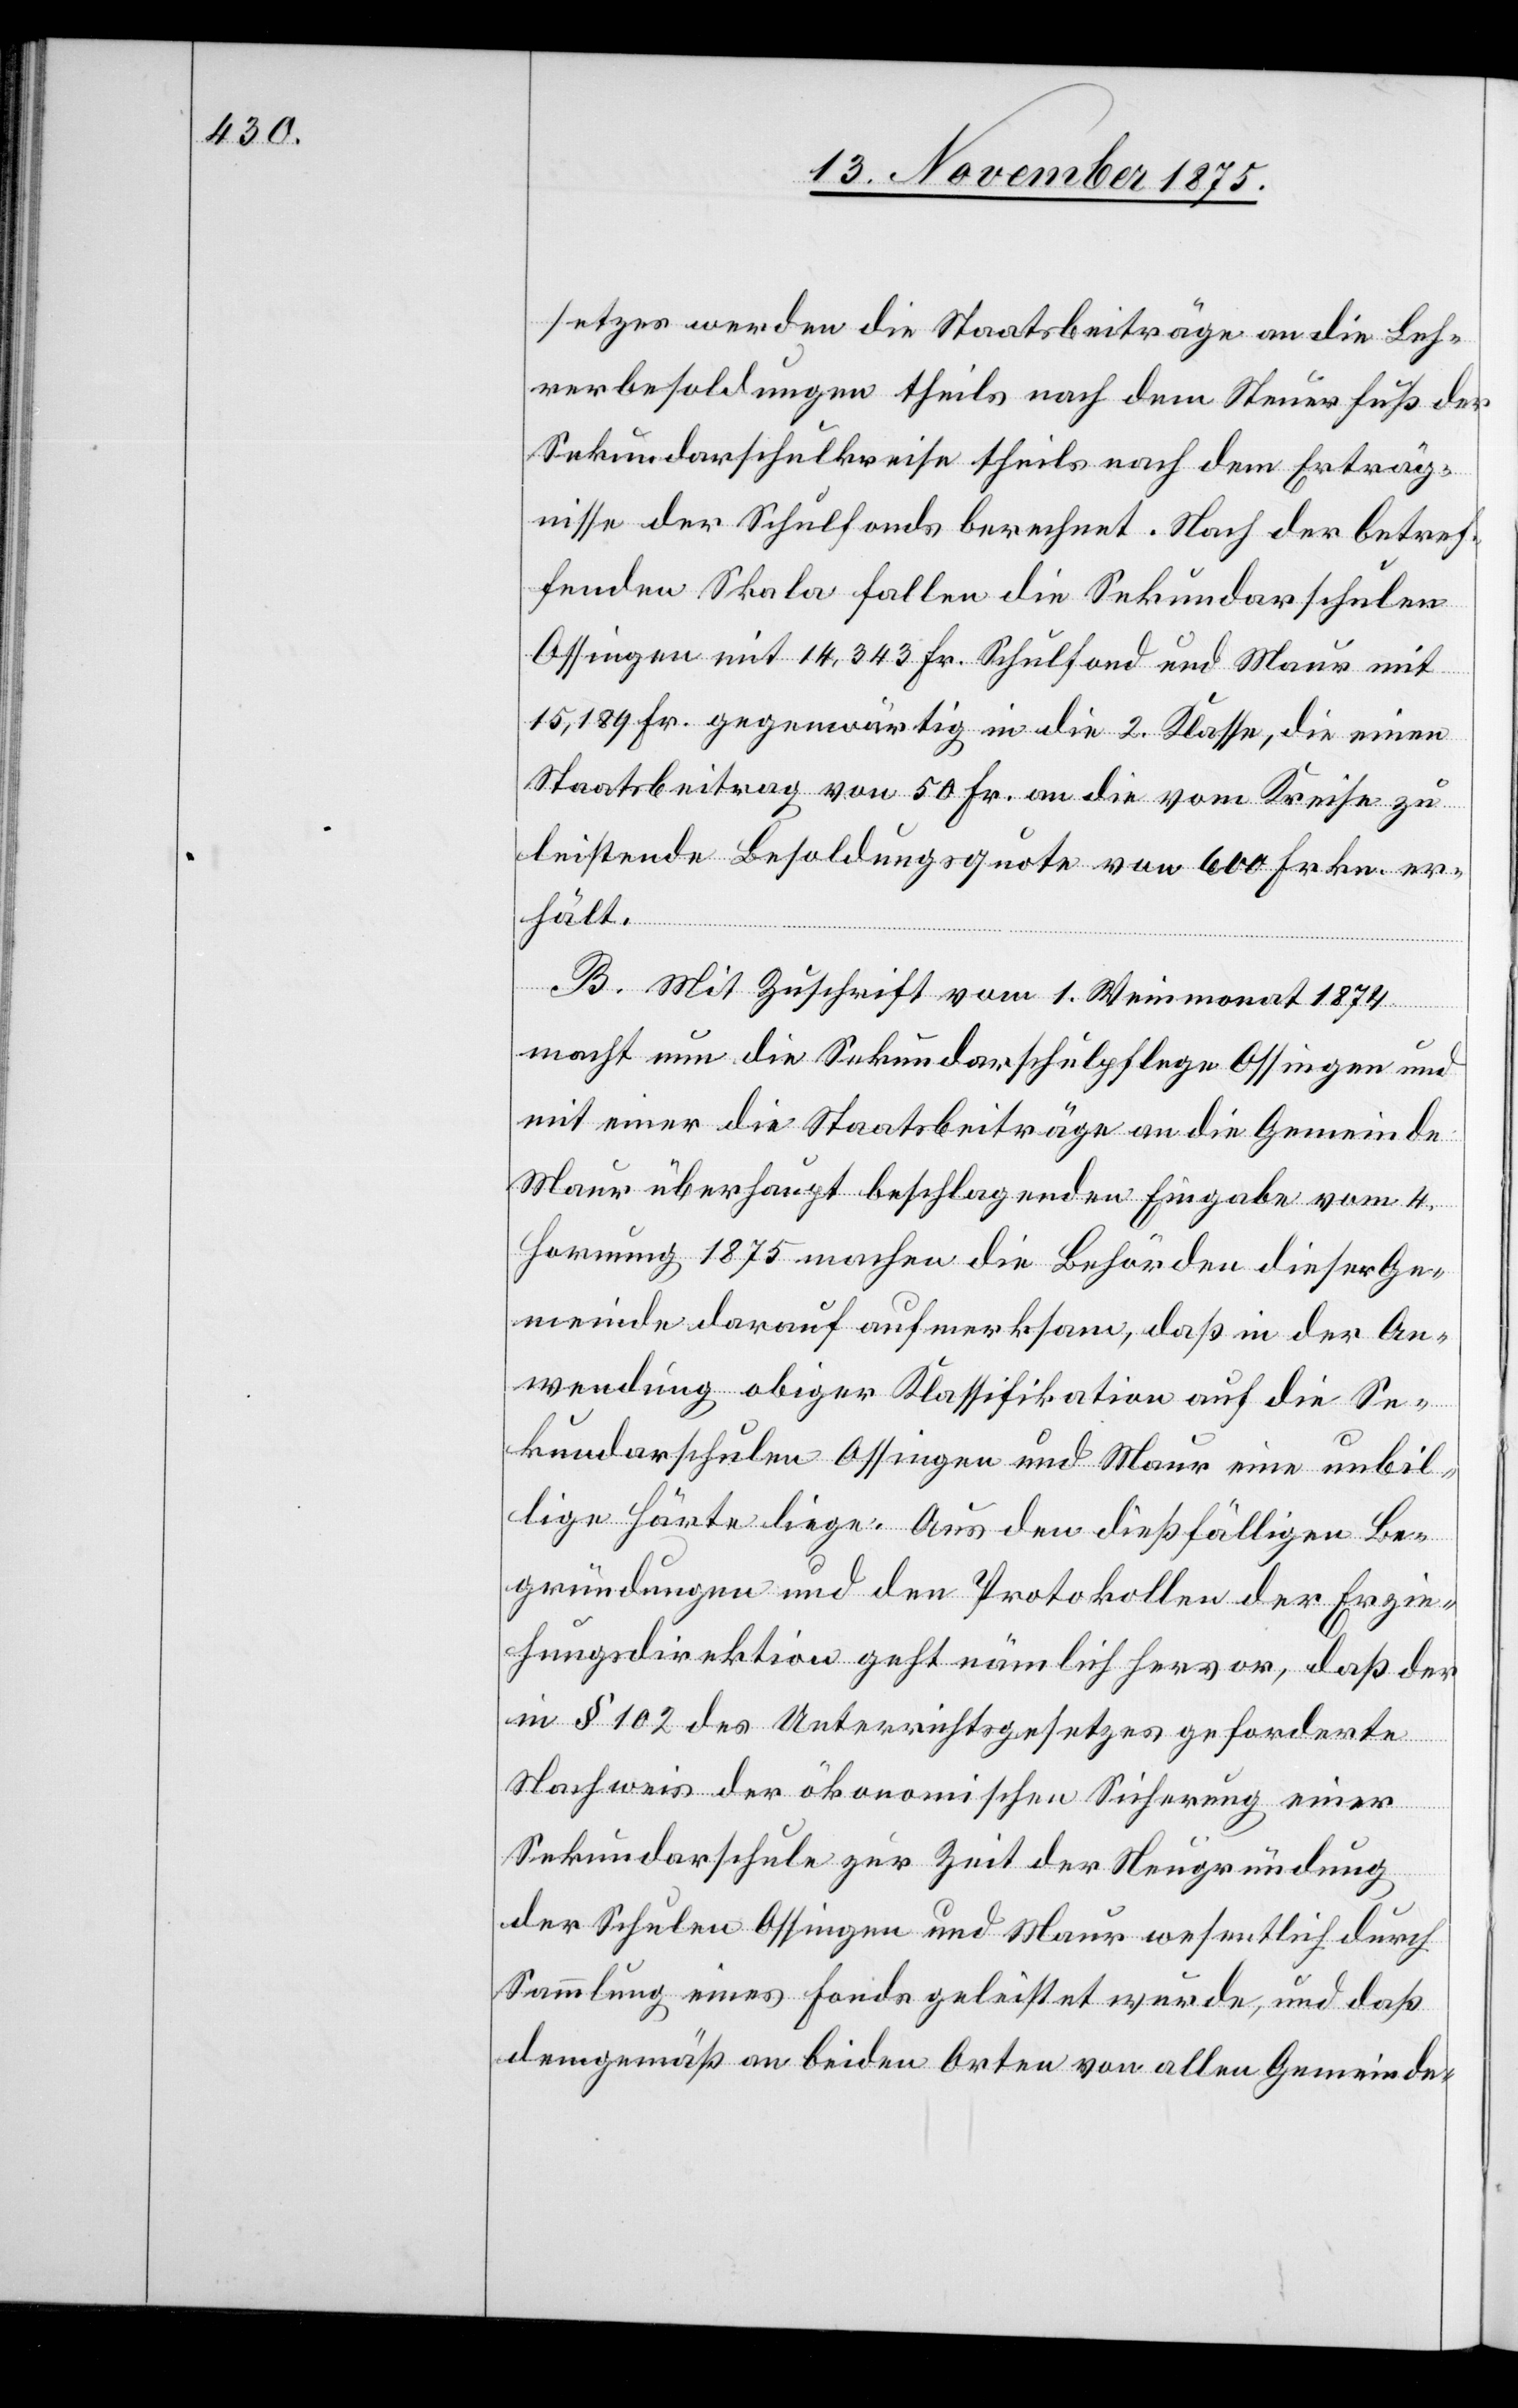
setzes werden die Staatsbeiträge an die Leh¬
rerbesoldungen theils nach dem Steuerfuß der
Sekundarschulkreise[,] theils nach dem Erträg¬
nisse der Schulfonds berechnet. Nach der betref¬
fenden Skala fallen die Sekundarschulen
Ossingen mit 14,343 Fr. Schulfond und Maur mit
15,189 Fr. gegenwärtig in die 2. Klasse, die einen
Staatsbeitrag von 50 Fr. an die vom Kreise zu
leistende Besoldungsquote von 600 Frkn. er¬
hält.
B. Mit Zuschrift vom 1. Weinmonat 1874
macht nun die Sekundarschulpflege Ossingen und
mit einer die Staatsbeiträge an die Gemeinde
Maur überhaupt beschlagenden Eingabe vom 4.
Hornung 1875 machen die Behörden dieser Ge¬
meinde darauf aufmerksam, daß in der An¬
wendung obiger Klassifikation auf die Se¬
kundarschulen Ossingen und Maur eine unbil¬
lige Härte liege. Aus den dießfälligen Be¬
gründungen und den Protokollen der Erzie¬
hungsdirektion geht nämlich hervor, daß der
in § 102 des Unterrichtsgesetzes geforderte
Nachweis der ökonomischen Sicherung einer
Sekundarschule zur Zeit der Neugründung
der Schulen Ossingen und Maur wesentlich durch
Sammlung eines Fonds geleistet wurde, und daß
demgemäß an beiden Orten von allen Gemeinde-